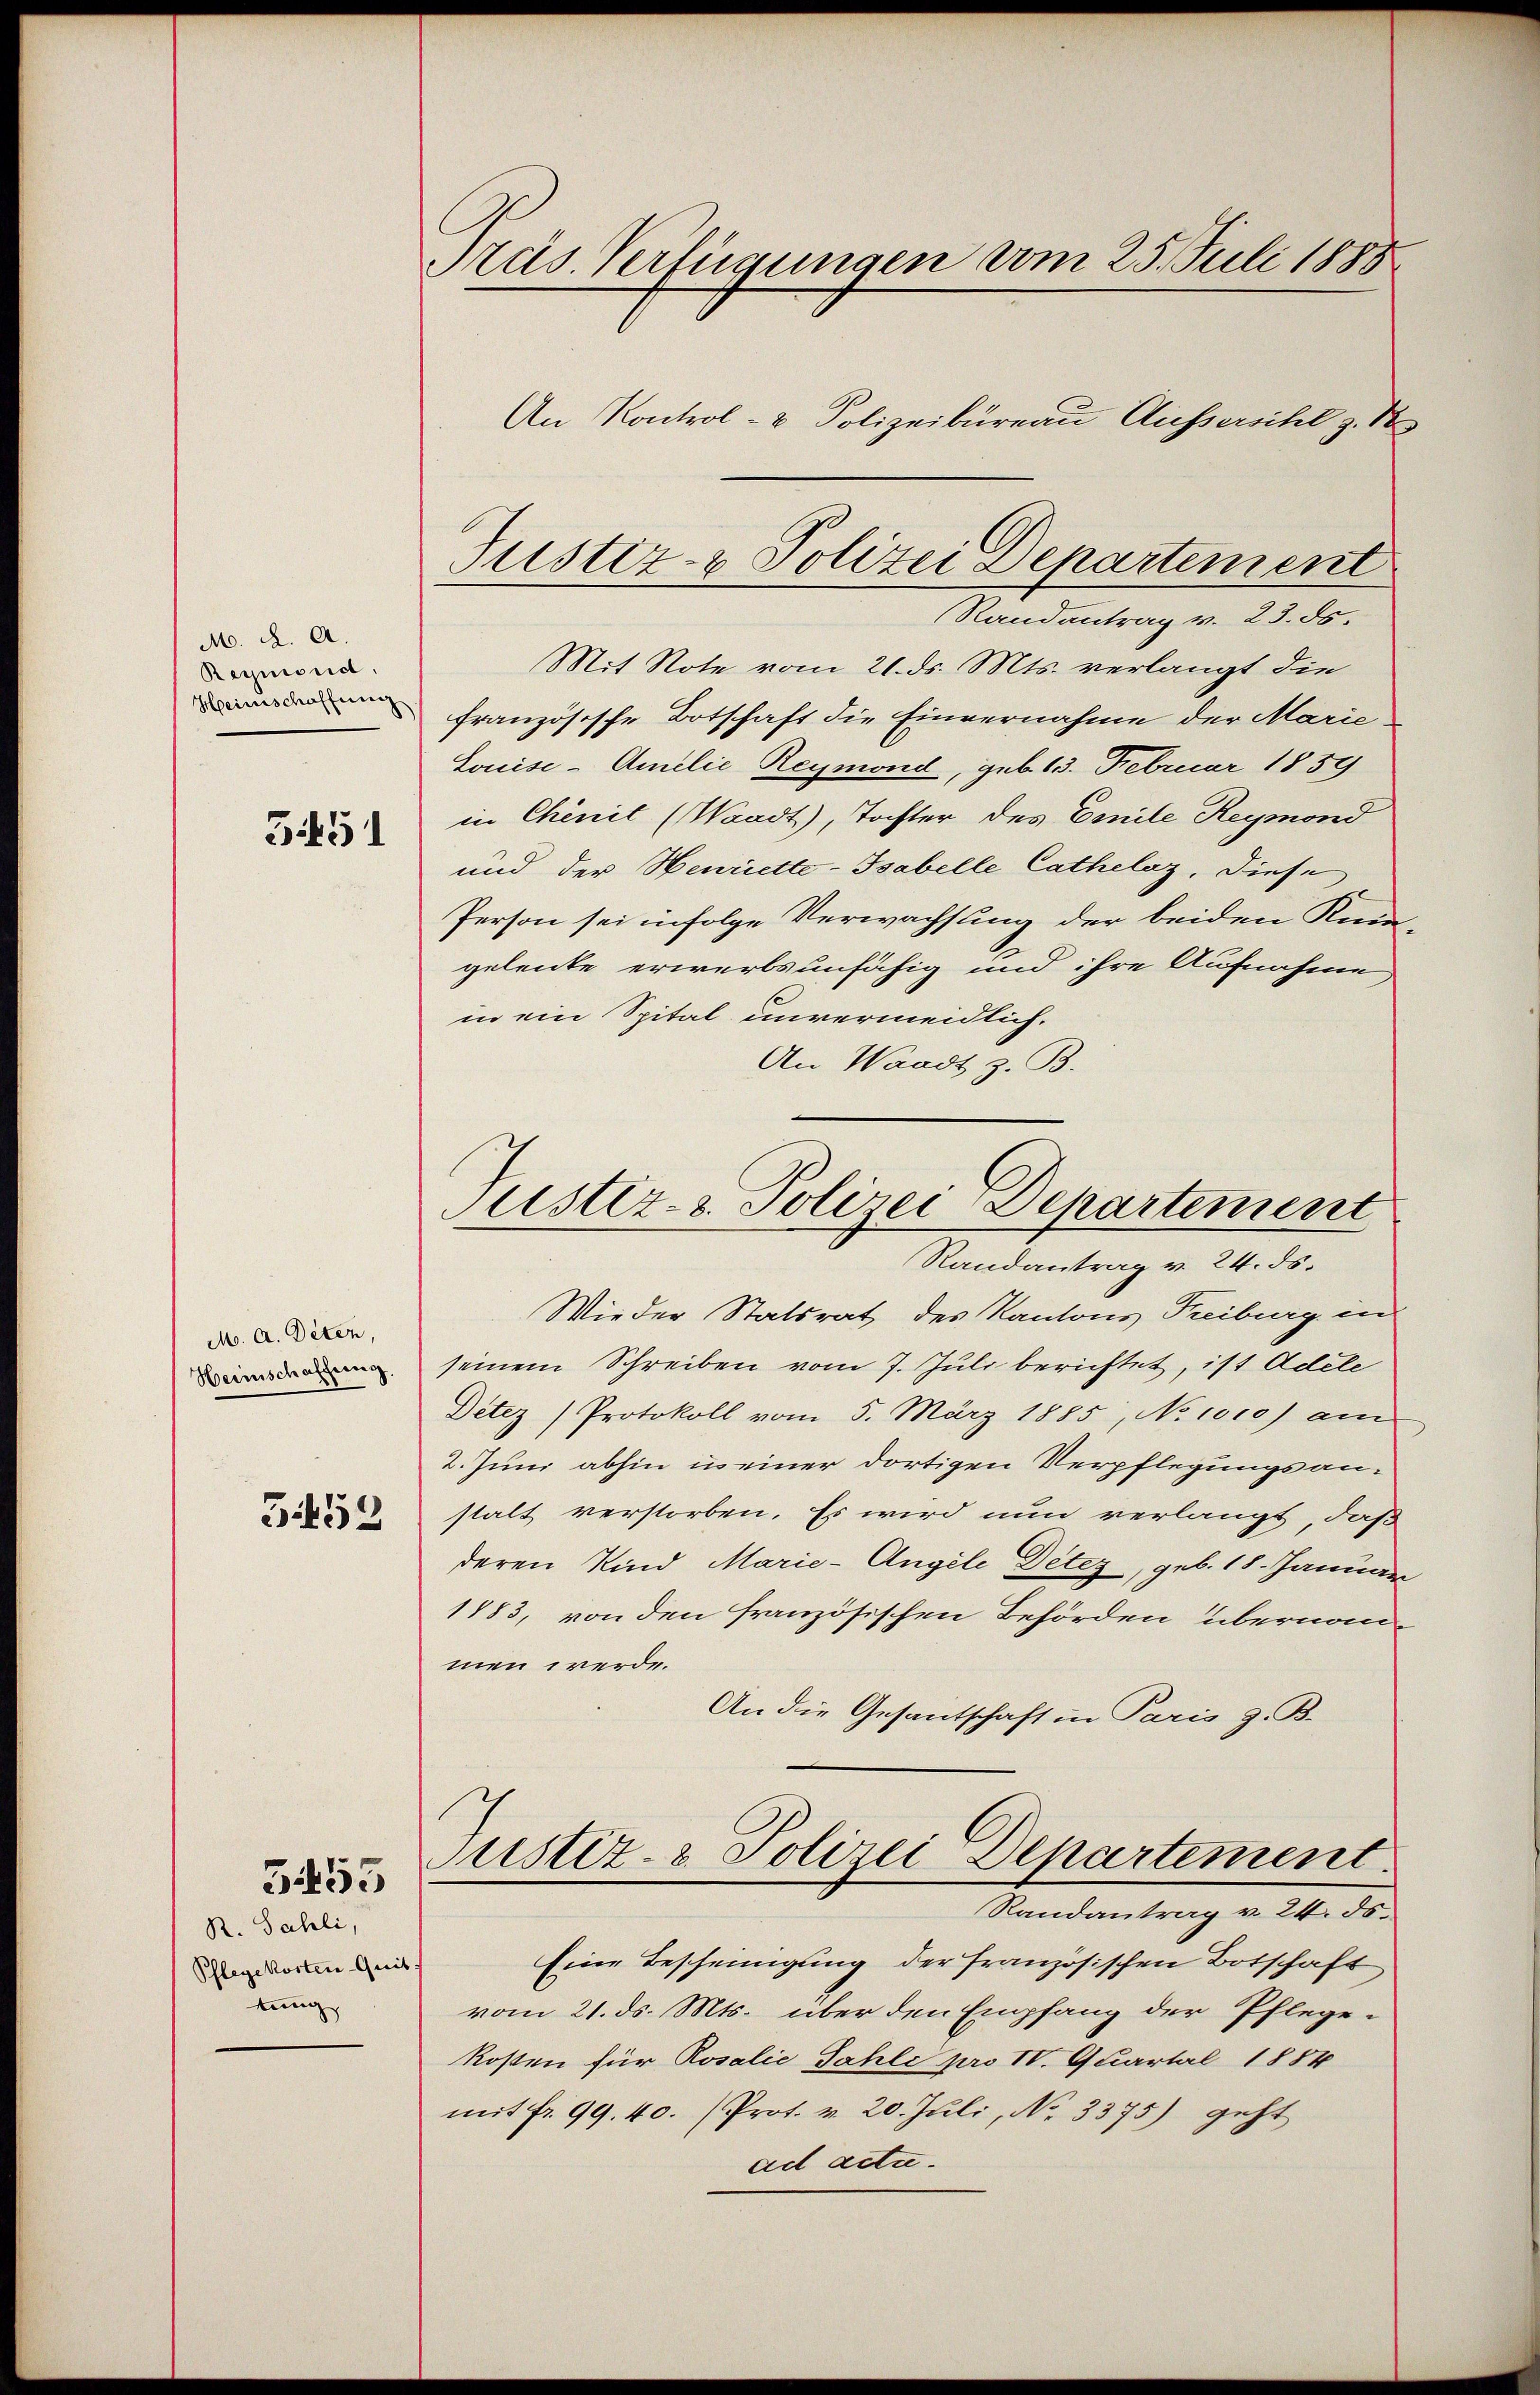
M. A. A.
Reymond.
Heimschaffung.
5451

M. A. Deten,
Herischaffung.
352

R. Sahli,
Pflegekosten Quit
tung

3455

Präs. Verfügungen vom 25. Juli 1888
An Kontrol- & Polizeibureau Aussericht z. R

Randantrag v. 23. ds.
Mit Note vom 21. ds. Mts. verlangt die
französische Botschaft die Einvernahme der Marie
Louise-Amilie Reymond, geb. 13. Februar 1839
in Chenit (Waadt), Tochter des Emile Reymond
und der Henriette-Tsabelle Cathelaz, diese
Person sei infolge Verwachsung der beiden Kin-
geleute erwerbsunfähig und ihre Aufnahme
in ein Spital unvermeidlich.
An Waadt z. B.

Justiz- & Polizei Departement

Justiz- & Polizei-Departement
Randantrag v. 24. ds.

Wieder Statsrat des Kantons Freiburg in
seinem Schreiben vom 7. Juli berichtet, ist Adele
Detez (Protokoll vom 5. März 1885, No 1000) am
2. Juni abhin in einer dortigen Verpflegungsanstalt verstorben. Es wird nun verlangt, daß
deren Kind Marie-Angele Detez, geb. 18. Januar
1883, von den französischen Behörden übernom-
men werde.
An die Gesantschaft in Paris z. B.
Justiz- & Polizei Departement
Randantrag v. 24. ds.
Eine Bescheinigung der französischen Botschaft
vom 21. ds. Mts. über den Empfang der Pflege-
kosten für Rosalie Fahle pro IV. Quartal 1884
mit fr. 99. 40. (Prot. v. 20. Juli, No 3375) geht
ad acte.